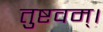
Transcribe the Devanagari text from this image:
तुष्टवम्।